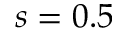
s = 0 . 5